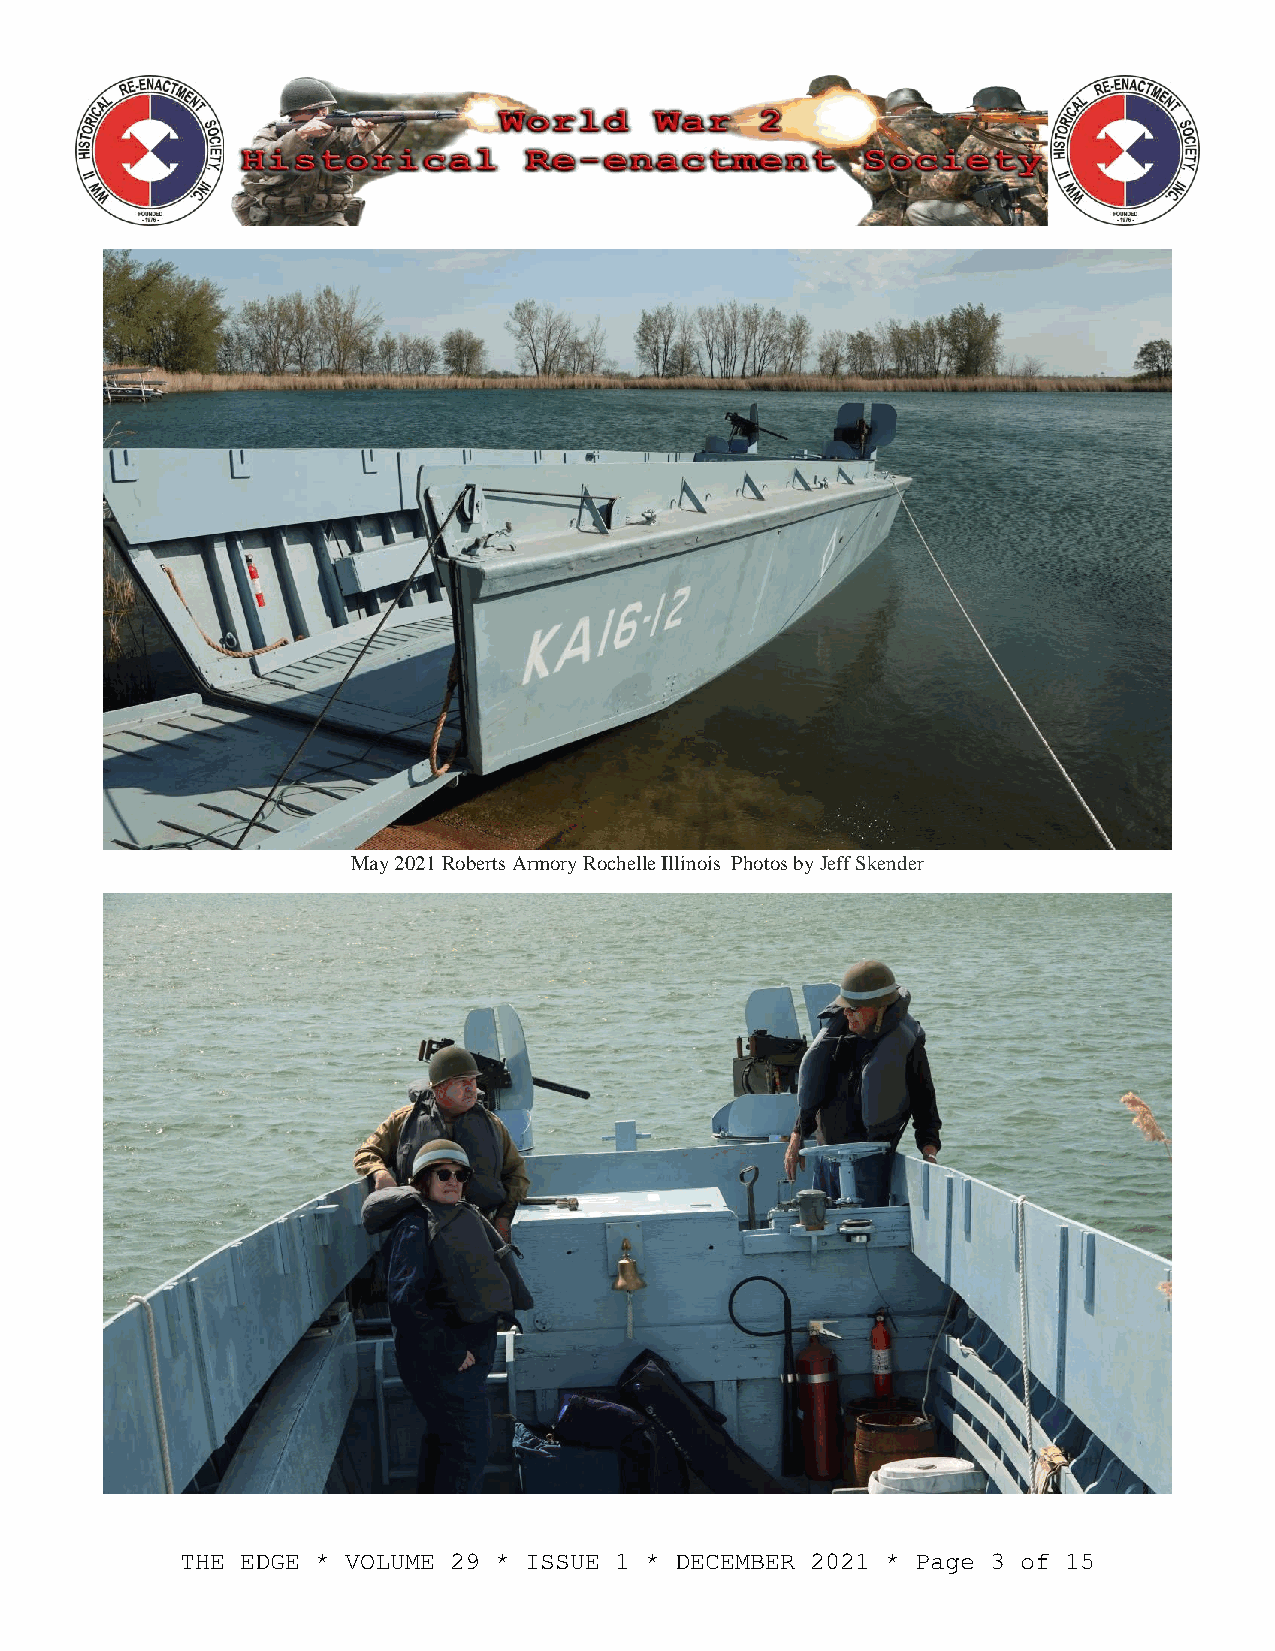
May 2021 Roberts Armory Rochelle Illinois Photos by Jeff Skender
 THE EDGE * VOLUME 29 * ISSUE 1 * DECEMBER 2021 * Page 3 of 15